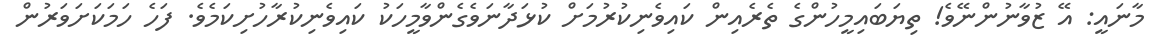
މާނައީ: އޭ ޒުވާނުންނޭވެ! ތިޔަބައިމީހުންގެ ތެރެއިން ކައިވެނިކުރުމަށް ކުޅަދާނަވެގެންވާމީހަކު ކައިވެނިކުރާހުށިކަމެވެ. ފަހެ ހަމަކަށަވަރުން